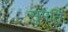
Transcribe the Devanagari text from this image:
सुमतिं